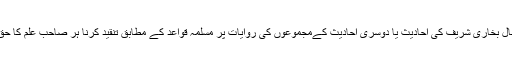
بہر حال بخاری شریف کی احادیث یا دوسری احادیث کےمجموعوں کی روایات پر مسلمہ قواعد کے مطابق تنقید کرنا ہر صاحب علم کا حق ہے۔